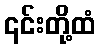
၎င်းတို့ထံ